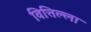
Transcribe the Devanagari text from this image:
वित्तिल्ला